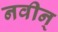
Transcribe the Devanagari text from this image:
नवीन्